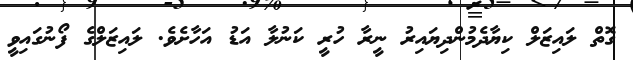
ގޮތް ލައިޒަލް ކިޔާދެމުންދިޔައިރު ނީރާ ހުރީ ކަނުލާ އަޑު އަހާށެވެ. ލައިޒަލްގެ ފޯނުގައިވީ